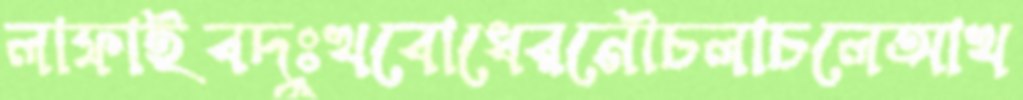
লাফাইবদুঃখবোধেরনৌচলাচলেআখ